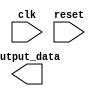
module parameter_example #(parameter PARAM1 = 8, PARAM2 = 4) (
    input wire clk,
    input wire reset,
    output reg [PARAM1-1:0] output_data
);

// Verilog code goes here

endmodule